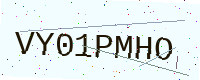
Text: VY01PMHO